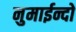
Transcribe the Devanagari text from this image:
नुमाईन्दो